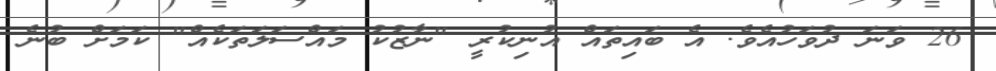
26 ވަނަ ދުވަހުއެވެ. އެ ބައިތައް އުނިކުރީ "ނާޒުކު މައްސަލަތަކެއް" ކަމަށް ބުނެ